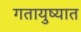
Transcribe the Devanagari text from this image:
गतायुष्यात